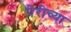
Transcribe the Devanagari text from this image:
पेरीच्या